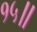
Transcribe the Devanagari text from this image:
१५॥